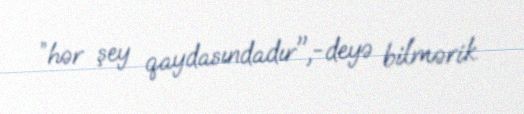
”hər şey qaydasındadır",-deyə bilmərik.